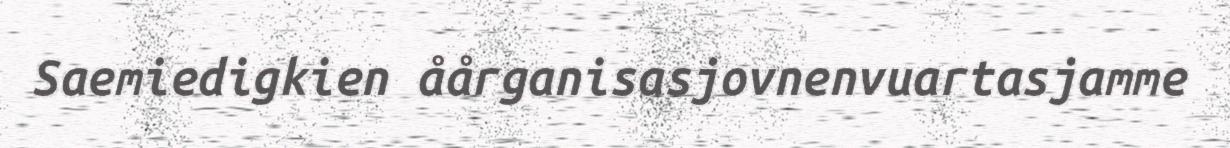
Saemiedigkien åårganisasjovnenvuartasjamme